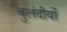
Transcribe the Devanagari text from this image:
बुलंदीयों